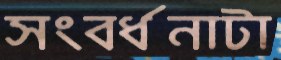
সংবর্ধনাটা